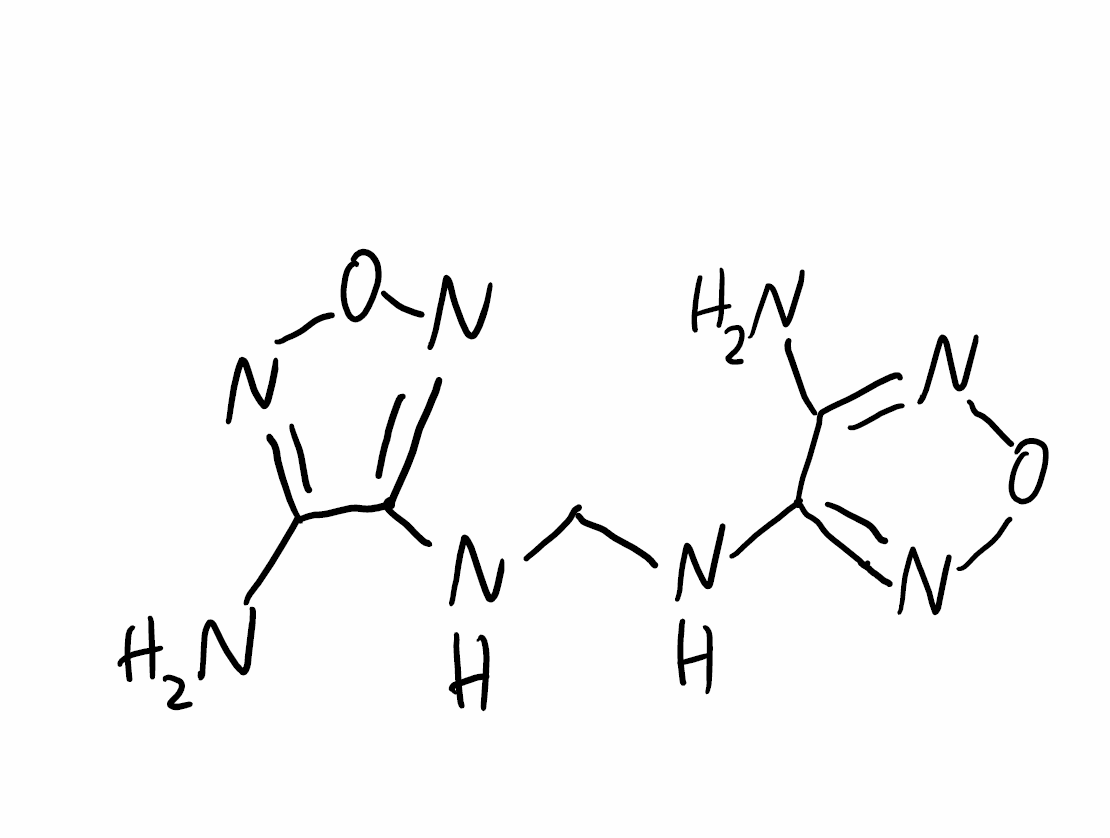
Simplified molecular-input line-entry system (SMILES) notation of the given molecule:
C(NC1=NON=C1N)NC2=NON=C2N